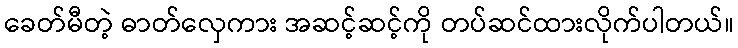
ခေတ်မီတဲ့ ဓာတ်လှေကား အဆင့်ဆင့်ကို တပ်ဆင်ထားလိုက်ပါတယ်။